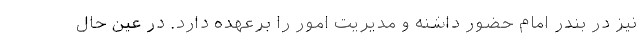
نیز در بندر امام حضور داشنه و مدیریت امور را برعهده دارد. در عین حال